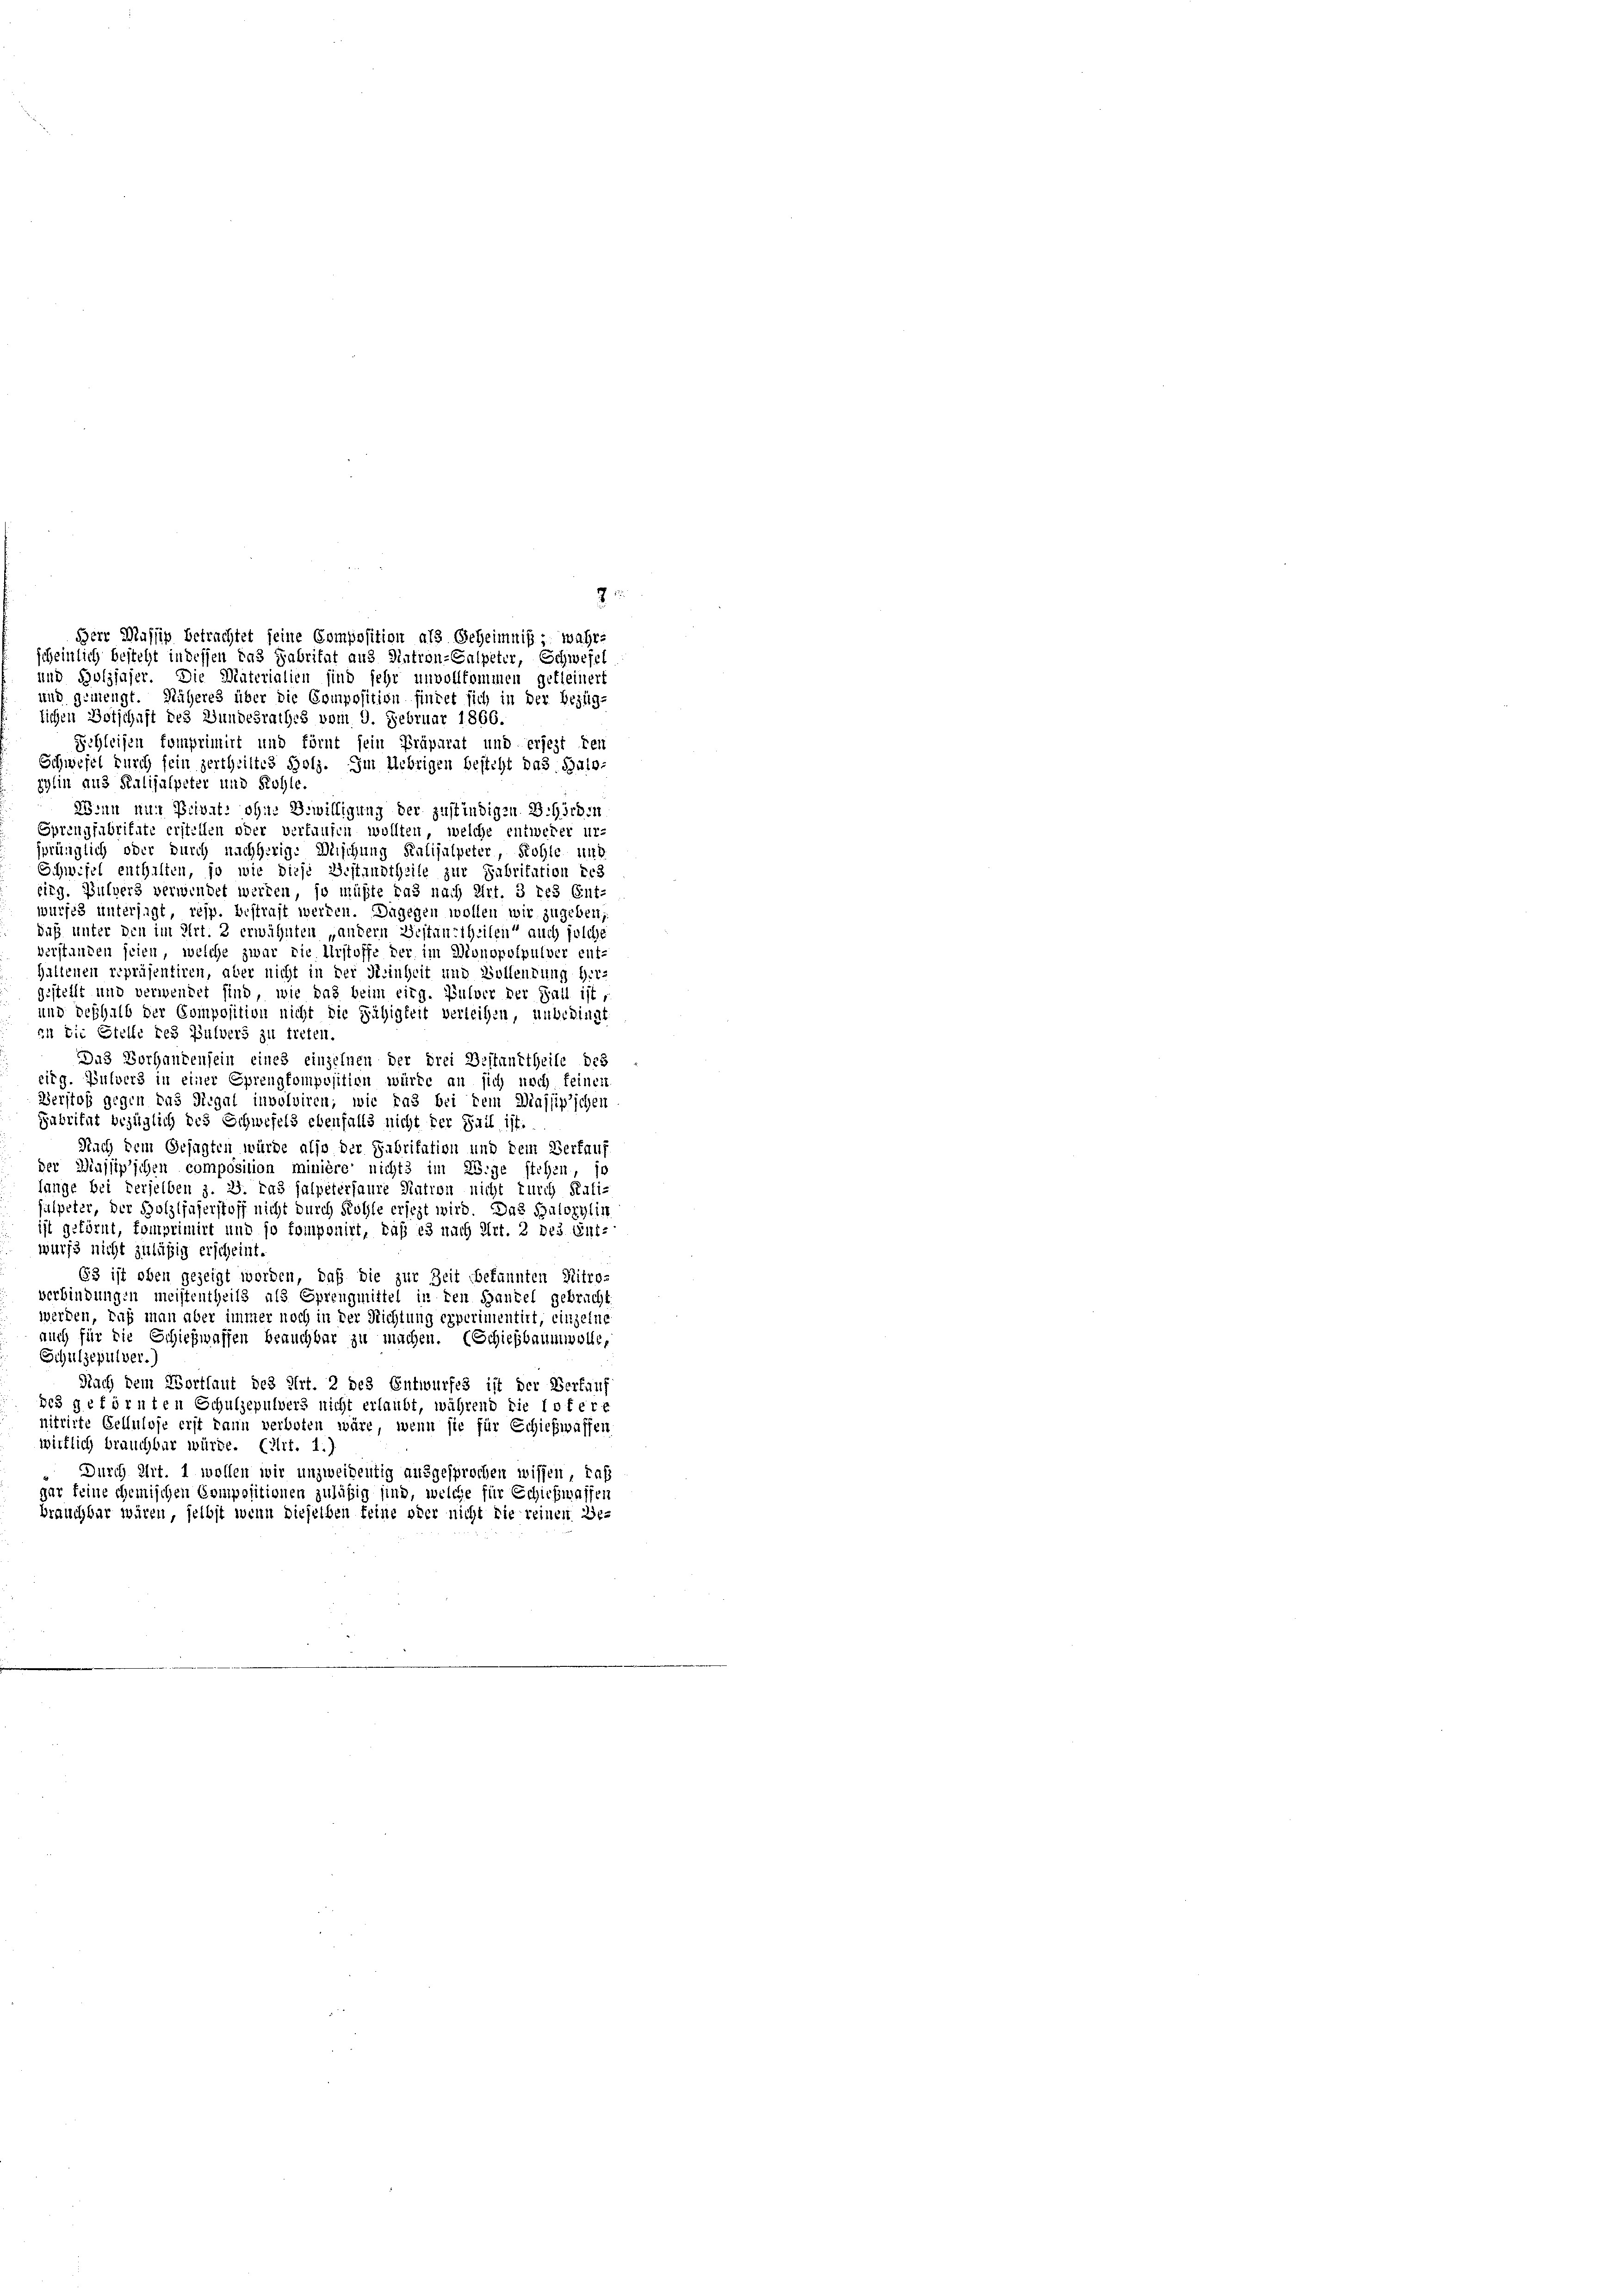
8
scheinlich besteht in dessen das Fabritat aus Natron-Salpeter, Schwefel
und Boljjaser. Die Materialien sind sehr unvollkommen gefleinert
und gemengt. Näheres über die Composition findet sich in der Bezüg-
lichen Botschaft des Bundesrathes vom 9. Februar 1866.
Schleifen komprimirt und förnt sein Präparat und erjezt kei
Schwefel durch sein zertheiltes Holz. Im Uebrigen besteht das Salozylin aus Kalijalpeter und Röhle.
Wenn nur Privat: ohne Bewilligung der zustindigen. B. Hörden
Sprengfabritate erstellen oder verlaufen wollten, welche entweder ur-
sprünglich oder durch nachherige Bischung Salisalpeter, Kohle und
Schwefel enthalten, so wie diese Gestandtheile zur Fabritation ers
birg. Bulvers verwendet werden, so müßte das nach Art. 3 des Ent-
wurfes untersagt, resp. bestraft werden. Dagegen wollen wir zugeben,
duß unter den im Art. 2 erwähnten „andern Gestaurtheilen“ auch solche
verstanden seien, welche zwar die Urstoffe der im Monopofpulver ent-
Haltenen repräsentiren, aber nicht in der Reinheit und Wollendung her-
gestellt und verwendet sind, wie das beim eing. Pulver der Fall ist,
und deshalb der Composition nicht die Fähigkeit verleihen, unbedingt
in die Stelle des Pulvers zu treten.
Das Vorhandensein eines einzelnen der drei Bestandtheile des
eirg. Pulvers in einer Sprengkomposition würde an sich noch feinen
Werstoß gegen das Regal involviren; wie das bei dem Majjip’schen
Gabritat bezüglich des Schwefeld ebenfalls nicht der Sail ist.
Nach dem Gesagten würde also der Fabritation und dem Verfaus
der Minjjip’schen composition minière nichts im Lige stehen, so
fange bei derselben z. 2. Das Halpetersaure Nation nicht durch Rati-
alpeter, der Holzljaserstoff nicht durch Kohle ersezt wird. Das Salorylin
ist geförnt, komprimirt und so komponirt, daß es nach Art. 2 des Ent-
wurfe nicht zuläßig erscheint.
653 ist oben gezeigt worden, daß die zur Zeit bekannten Ritroverbindungen meistentheils als Sprengmittel in den Santel gebracht
werden, daß man aber immer noch in der Richtung experimentirt, einzelne
auch für die Schiehwaffen beauchbar zu machen. (Schießbaumwolle,
Schulzepulver.
Nach dem Wortlaut des Art. 2 des Entwurfes ist der Verkauf
bes geförnten Schulzepulvers nicht erlaubt, während die Infere
nitrirte Sellnlose erst dann verboten wäre, wenn sie für Schiehwassen
wirklich brauchbar würde. (Art. 1.)
Durch Art. 1 wollen wir unzweidentig ausgesprochen wissen, daß
gar feine chemischen Compositionen zuläßig sind, welche für Schichwassen
brauchbar wären, selbst wenn dieselben feine oder nicht die reinen Ge-

Herr Massip betrachtet seine Composition als Geheimnis - wahre